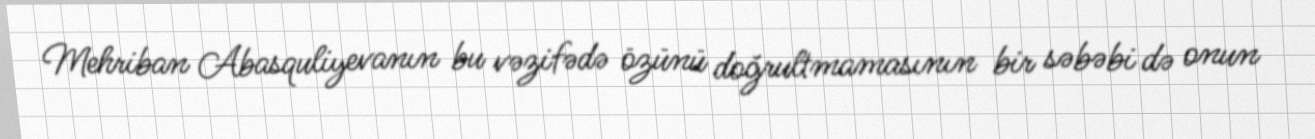
Mehriban Abasquliyevanın bu vəzifədə özünü doğrultmamasının bir səbəbi də onun